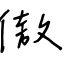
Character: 傲